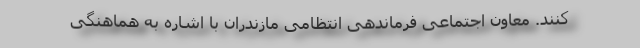
کنند. معاون اجتماعی فرماندهی انتظامی مازندران با اشاره به هماهنگی